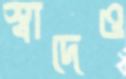
স্বাদেও